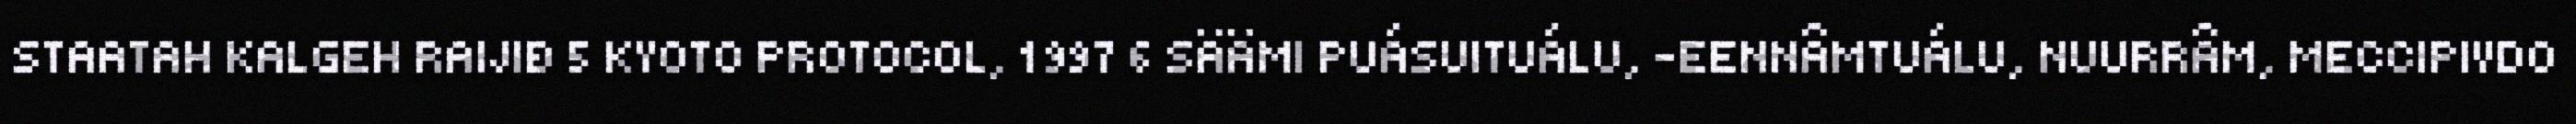
STAATAH KALGEH RAIJIĐ 5 KYOTO PROTOCOL, 1997 6 SÄÄMI PUÁSUITUÁLU, -EENNÂMTUÁLU, NUURRÂM, MECCIPIVDO